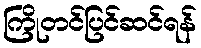
ကြိုတင်ပြင်ဆင်ရန်